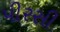
પીરસી